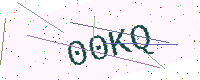
Text: 00KQ